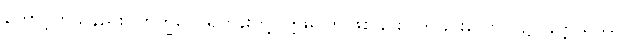
တောင့်တသနည်း။ ဘိက္ခဝေ၊ ရဟန်းတို့။ ဣဓ၊ ဤဖြစ်ခြင်းပျက်ခြင်းလောက၌။ ခတ္တိယဿ၊